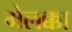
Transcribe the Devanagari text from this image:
मेलक्का